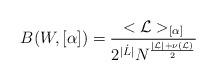
LaTeX: \begin{align*}B(W,[\alpha ]) =\frac{< {\cal L} >_{[\alpha ]}}{2^{|\dot{L}|}N^\frac{|{\cal L}|+\nu ({\cal L})}{2}}\end{align*}